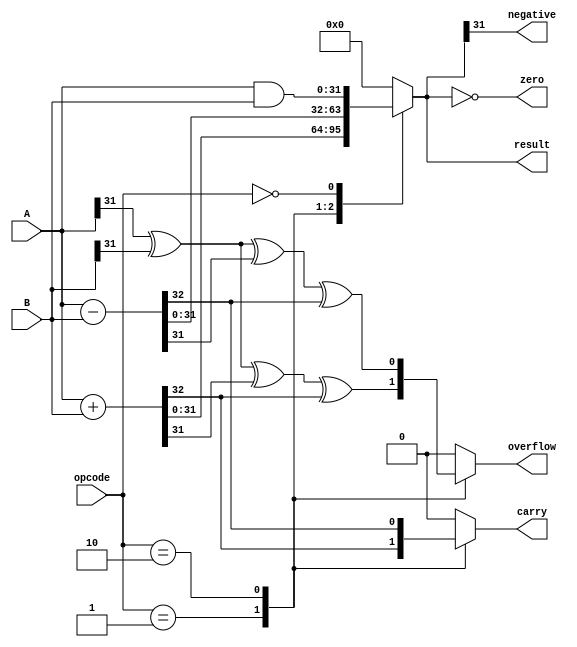
// Code your design here
module ALU (
    input [31:0] A,
    input [31:0] B,
    input [1:0] opcode, //  bit opcode
    output reg [31:0] result,
    output reg carry,
    output reg zero,
    output reg negative,
    output reg overflow
);

initial begin 
    carry = 0;
    zero = 0;
    negative = 0;
    overflow = 0;
end 

always @(*) begin 
    // Reset the flags for each operation
    carry = 0;
    zero = 0;
    negative = 0;
    overflow = 0;

    case (opcode)
        2'b01: begin // ADD
            {carry, result} = A + B; // Carry out
            overflow = A[31] ^ B[31] ^ result[31] ^ carry; // Overflow for addition
        end

        2'b10: begin // SUB
            {carry, result} = A - B; // Borrow in subtraction is the carry here
            overflow = A[31] ^ B[31] ^ result[31] ^ carry; // Overflow for subtraction
        end

        2'b00: begin // AND
            result = A & B;
        end

        default: begin
            result = 0; // Default case to handle unused opcodes
        end
    endcase

    zero = (result == 0); // Zero flag
    negative = result[31]; // Negative flag if MSB is 1
end

endmodule	
`timescale 1ns / 1ps

module ALU_tb;

reg [31:0] A;
reg [31:0] B;
reg [1:0] opcode;
wire [31:0] result;
wire carry, zero, negative, overflow;

// Instantiate the ALU module
ALU uut (
    .A(A), 
    .B(B), 
    .opcode(opcode), 
    .result(result), 
    .carry(carry), 
    .zero(zero), 
    .negative(negative), 
    .overflow(overflow)
);

initial begin
    // Initialize Inputs
    A = 0;
    B = 0;
    opcode = 0;

    // Wait 100 ns for global reset to finish
    #100;

    // Add stimulus here

    // Test case 1: ADD
    A = 32'd10; // 10 in decimal
    B = 32'd15; // 15 in decimal
    opcode = 2'b01; // ADD operation
    #10; // Wait for 10 ns

    // Test case 2: SUB
    A = 32'd20;
    B = 32'd10;
    opcode = 2'b10; // SUB operation
    #10;

    // Test case 3: AND
    A = 32'd12; // Binary: 1100
    B = 32'd5;  // Binary: 0101
    opcode = 2'b00; // AND operation
    #10;

    // Add more test cases as needed

    // Finish the simulation
    $finish;
end

endmodule